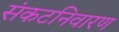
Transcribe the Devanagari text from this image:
संकटनिवारण